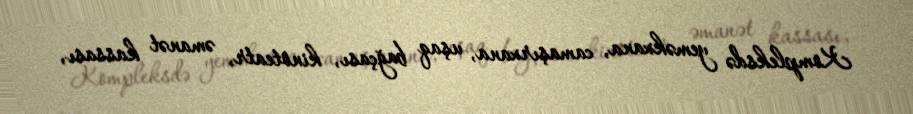
Kompleksdə yeməkxana, camaşırxana, uşaq bağçası, kinoteatr, əmanət kassası,